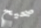
صحيح